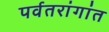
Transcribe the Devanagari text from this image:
पर्वतरांगांत